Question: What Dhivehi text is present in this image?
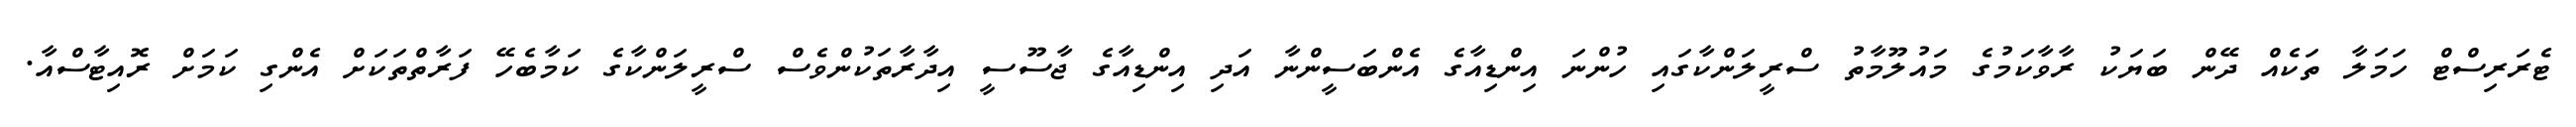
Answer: ޓެރަރިސްޓް ހަމަލާ ތަކެއް ދޭން ބަޔަކު ރާވާކަމުގެ މައުލޫމާތު ސްރީލަންކާގައި ހުންނަ އިންޑިއާގެ އެންބަސީންނާ އަދި އިންޑިއާގެ ޖާސޫސީ އިދާރާތަކުންވެސް ސްރީލަންކާގެ ކަމާބެހޭ ފަރާތްތަކަށް އެންގި ކަމަށް ރޮއިޓާސްއާ.